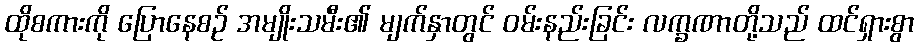
ထိုစကားကို ပြောနေစဉ် အမျိုးသမီး၏ မျက်နှာတွင် ဝမ်းနည်းခြင်း လက္ခဏာတို့သည် ထင်ရှားစွာ